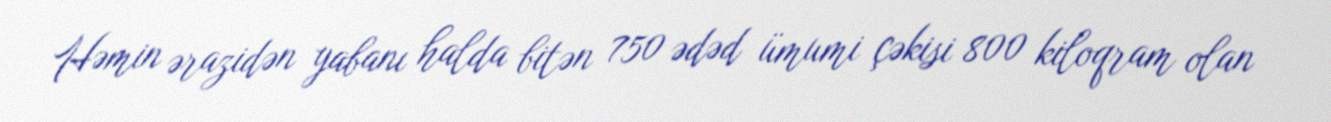
Həmin ərazidən yabanı halda bitən 750 ədəd ümumi çəkisi 800 kiloqram olan